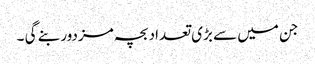
جن میں سے بڑی تعداد بچہ مزدور بنے گی ۔